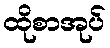
ထိုစာအုပ်